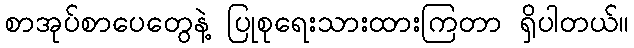
စာအုပ်စာပေတွေနဲ့ ပြုစုရေးသားထားကြတာ ရှိပါတယ်။